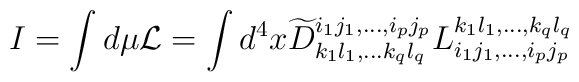
I = \int d \mu {\cal L} = \int d^4 x\widetilde{D}^{i_1 j_1, \ldots ,i_p j_p}_{k_1 l_1, \ldots k_q l_q}L_{i_1 j_1, \ldots, i_p j_p}^{k_1 l_1, \ldots, k_q l_q}